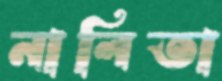
নালিতা